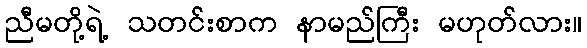
ညီမတို့ရဲ့ သတင်းစာက နာမည်ကြီး မဟုတ်လား။